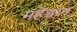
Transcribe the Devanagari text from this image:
महेश्वरन